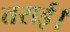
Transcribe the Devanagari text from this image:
तराई।